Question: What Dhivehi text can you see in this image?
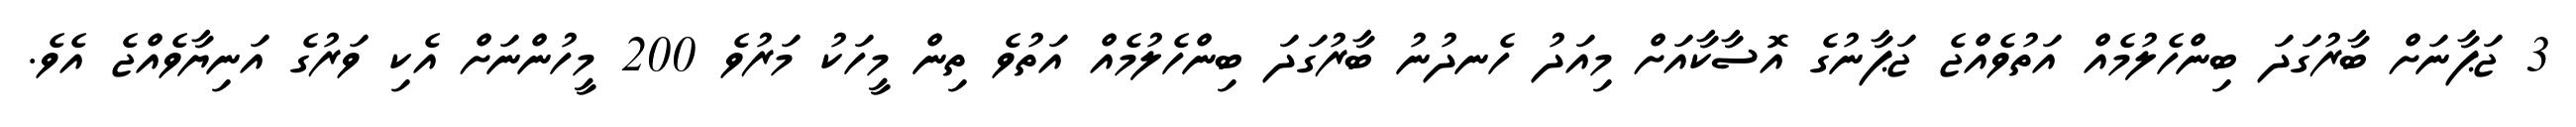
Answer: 3 ޖަޕާނަށް ބާރުގަދަ ބިންހެލުމެއް އަތުވެއްޖެ ޖަޕާނުގެ އޮސާކާއަށް މިއަދު ހެނދުނު ބާރުގަދަ ބިންހެލުމެއް އަތުވެ ތިން މީހަކު މަރުވެ 200 މީހުންނަށް އެކި ވަރުގެ އަނިޔާވެއްޖެ އެވެ.